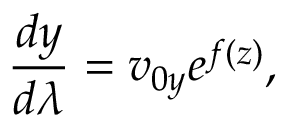
\frac { d y } { d \lambda } = v _ { 0 y } e ^ { f ( z ) } ,